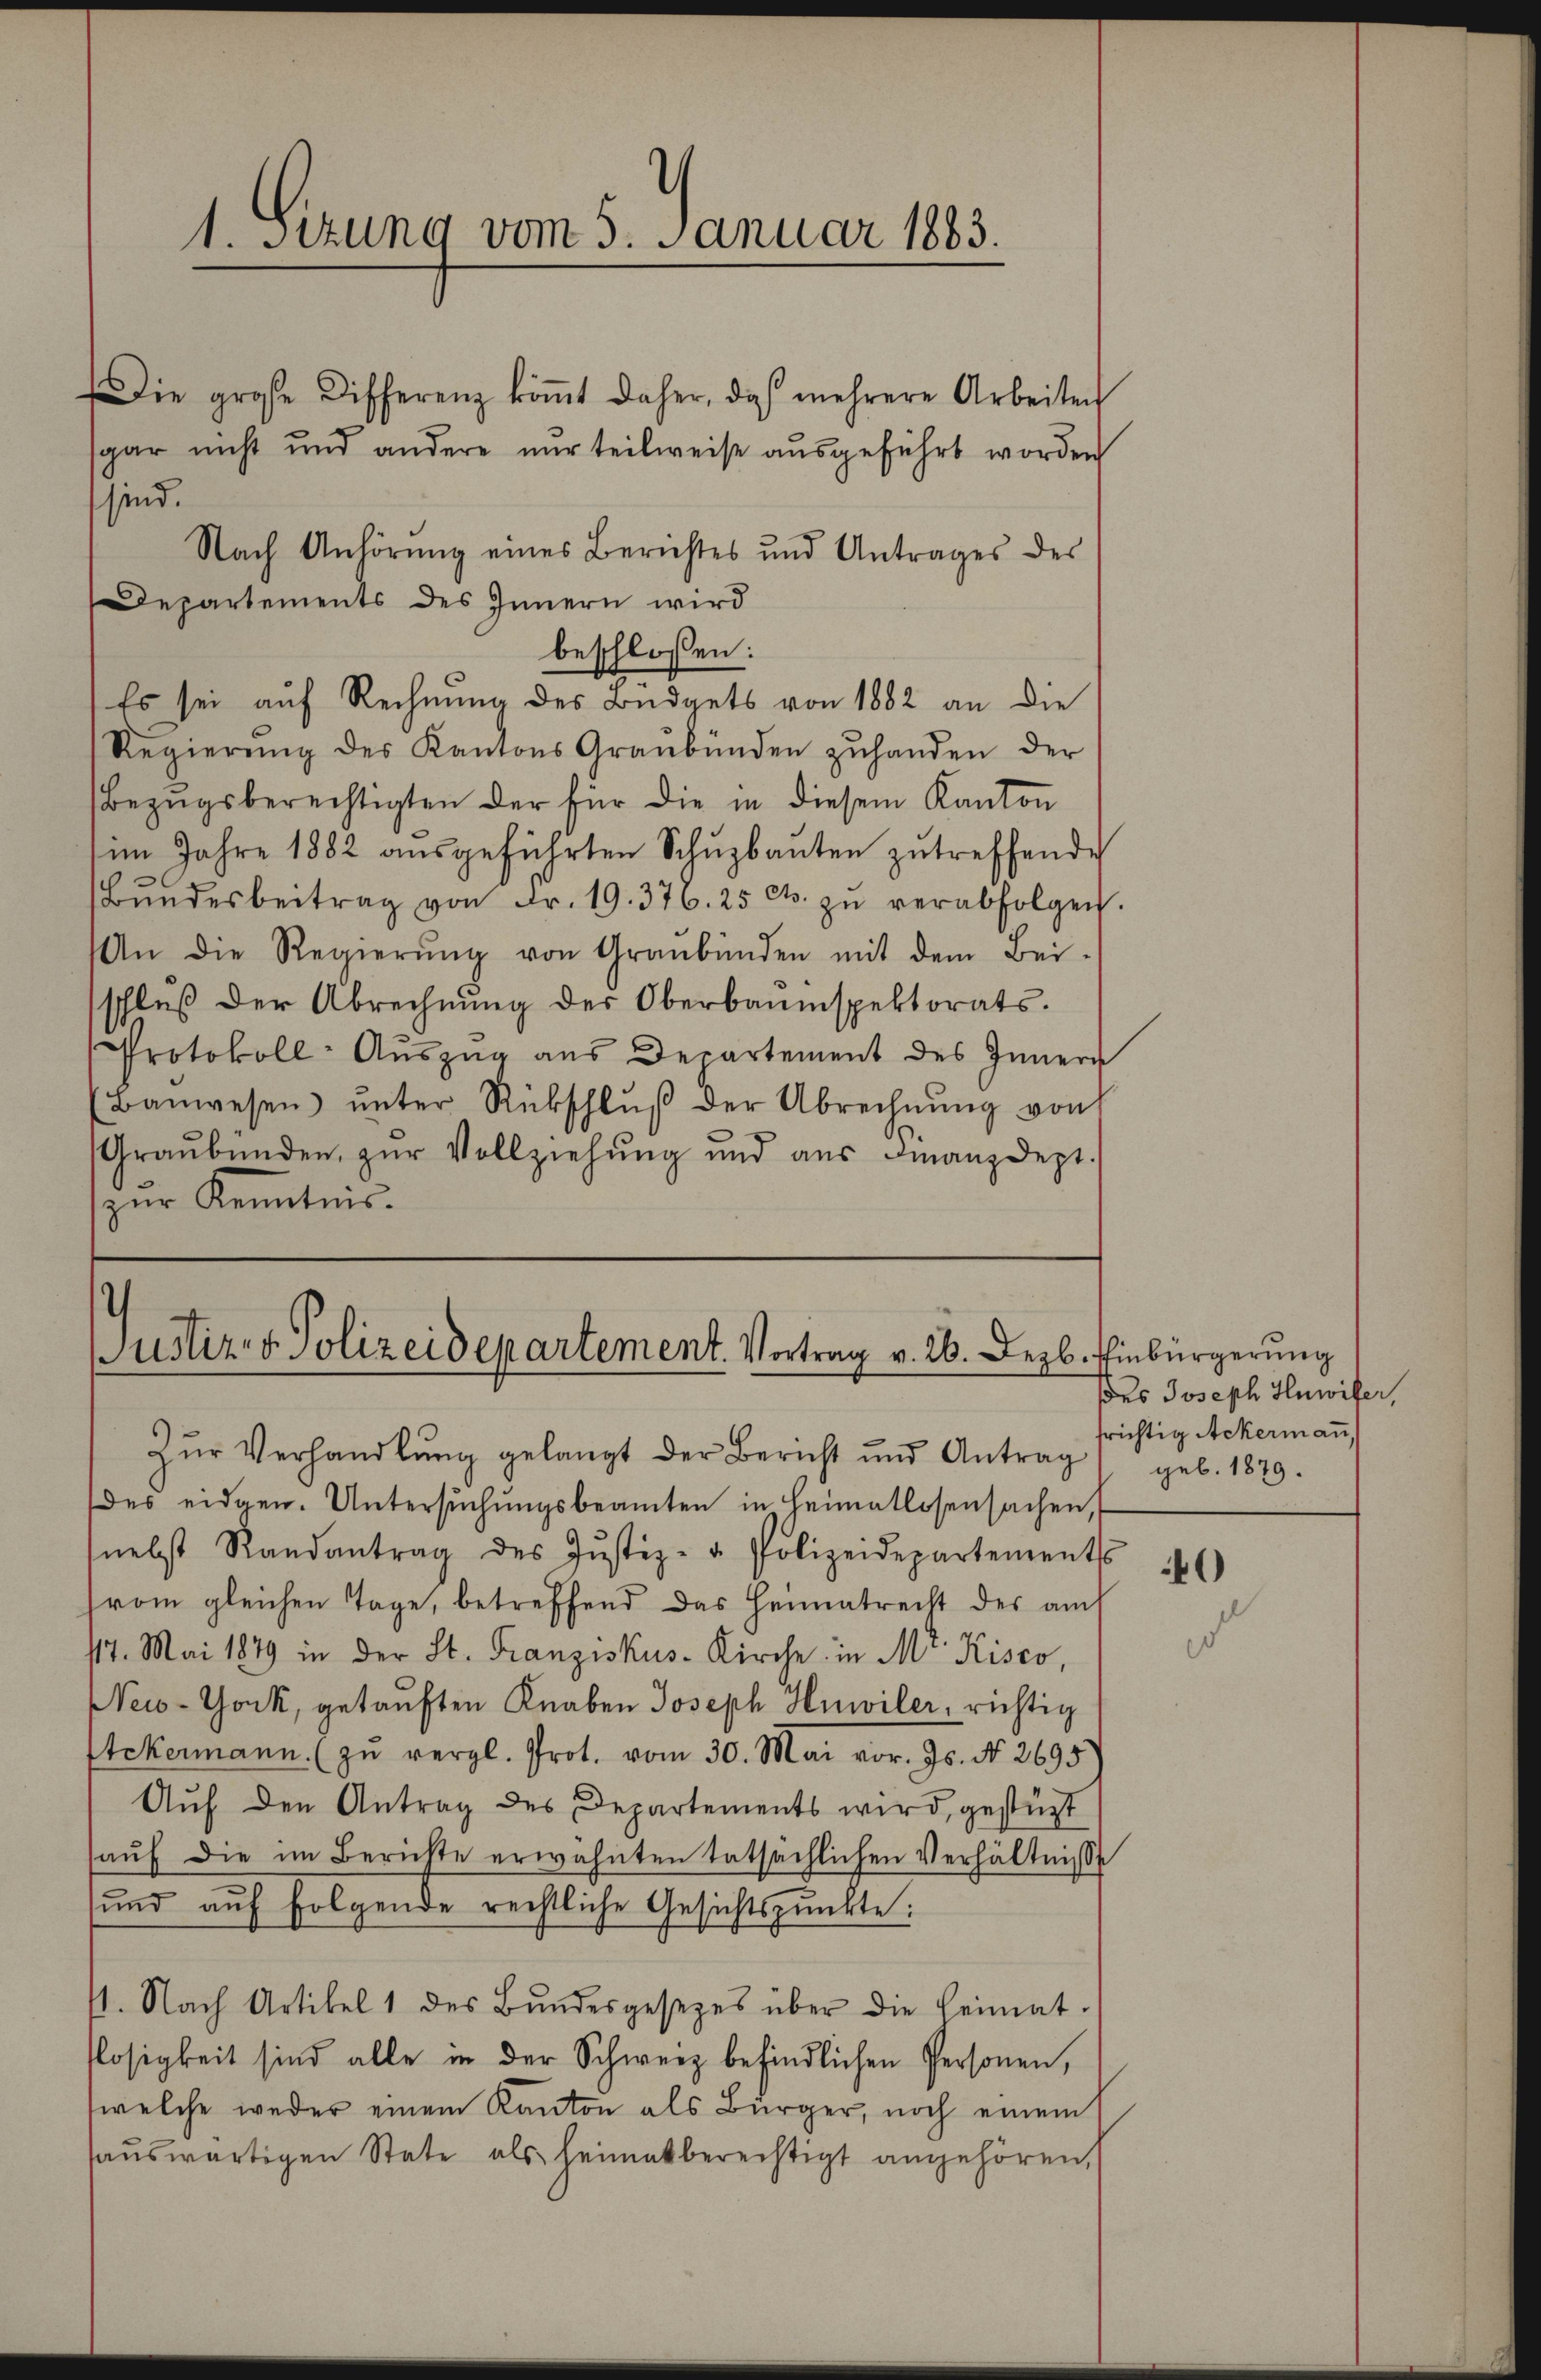
1. Sitzung vom 5. Januar 1883.

Die große Differenz koṁt daher, das mehrere Arbeiten
sgar nicht und andere nur teilweise ausgeführt worden
sind.
Nach Anhörung eines Berichtes und Antrages des
Departements des Innern wird
beschlossen:
Es sei auf Rechnung des Büdgets von 1882 an die
Regierŭng des Kantons Graubünden zŭhanden der
Bezŭgsberechtigten der für die in diesem Kanton
im Jahre 1882 aŭsgeführten Schŭzbaŭten zutreffende
Bŭndesbeitrag von Fr. 19. 376. 25 Cts. zŭ verabfolgen.
An die Regierŭng von Graubünden mit dem Bei-
schlŭβ der Abrechnŭng des Oberbauinspektorats.
Protokoll-Auszug aus Departement des Innern
Baŭwesen ŭnter Rückschlŭβ der Abrechnŭng von
Araŭbŭnden zŭr Vollziehŭng und aŭs Finanzdept.
zŭr Kenntnis.

Justiz- & Polizeidepartement. Vortrag v. 26. Dezb. Einbürgerung

Zŭr Verhandlung gelangt der Bericht und Antrag

des eidgen. Untersŭchŭngsbeamten in Heimatlosensachen,
(nebst Randantrag des Jŭstiz- u. Polizeidepartements
hrom gleichen Tage, betreffend das Heimatrecht des aus
117. Mai 1879 in der St. Franziskus Kirche in Mr. Kisco,
New-York, getauften Knaben Joseph Hnwiler, richtig
Stekermann. (zŭ vergl. Prot. vom 30. Mai vor. Js. No. 2695
Auf den Antrag des Departements wird, gestüzt
aŭf die im Berichte erwähnten tatsächlichen Verhältnisse
und auf folgende rechtliche Gesichtspunkte:
11. Nach Artikel 1 des Bŭndesgesezes über die Heimat.
losigkeit sind alle in der Schweiz befindlichen Personen,
welche weder einem Kanton als Bürger, noch einem
aŭswärtigen State als heimatberechtigt angehören,

ses Joseph Huwifer,
frichtig Ackermann,
geb. 1879.

0